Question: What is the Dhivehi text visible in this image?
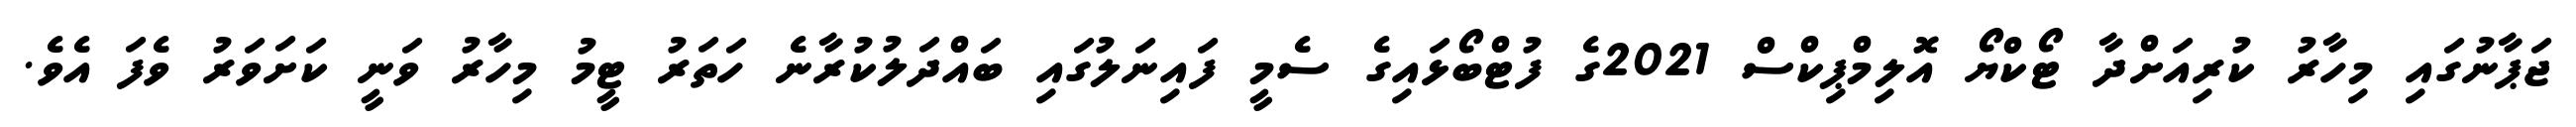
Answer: ޖަޕާނުގައި މިހާރު ކުރިއަށްދާ ޓޯކްޔޯ އޮލިމްޕިކްސް 2021ގެ ފުޓްބޯޅައިގެ ސެމީ ފައިނަލުގައި ބައްދަލުކުރާނެ ހަތަރު ޓީމު މިހާރު ވަނީ ކަށަވަރު ވެފަ އެވެ.